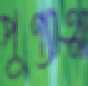
পুণ্যাত্মা